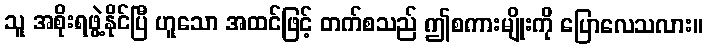
သူ အစိုးရဖွဲ့နိုင်ပြီ ဟူသော အထင်ဖြင့် တက်စသည် ဤစကားမျိုးကို ပြောလေသလား။